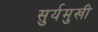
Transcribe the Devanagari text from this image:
सुर्यमुखी